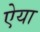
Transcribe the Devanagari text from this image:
ऐया